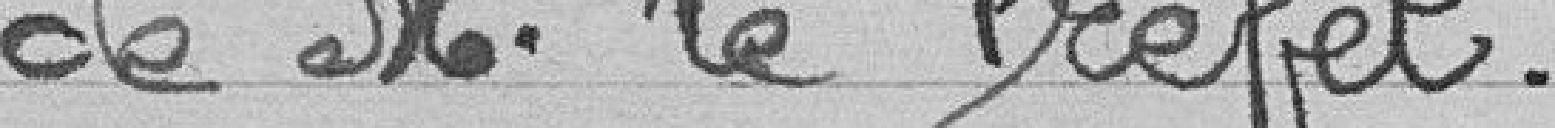
de Monsieur Le Préfet